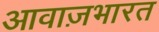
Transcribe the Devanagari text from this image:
आवाज़भारत